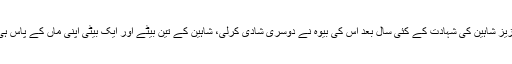
عبدالعزیز شاہین کی شہادت کے کئی سال بعد اس کی بیوہ نے دوسری شادی کرلی، شاہین کے تین بیٹے اور ایک بیٹی اپنی ماں کے پاس ہی ہیں ۔